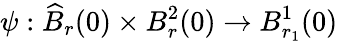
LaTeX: {\psi}:\widehat{B}_{r}(0)\times B_{r}^{2}(0)\to B_{r_{1}}^{1}(0)